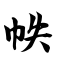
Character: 帙